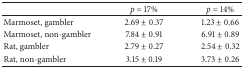
<table><thead><tr><td><b> </b></td><td><b><i>p</i> = 17%</b></td><td><b><i>p</i> = 14%</b></td></tr></thead><tbody><tr><td>Marmoset, gambler</td><td>2.69 ± 0.37</td><td>1.23 ± 0.66</td></tr><tr><td>Marmoset, non-gambler</td><td>7.84 ± 0.91</td><td>6.91 ± 0.89</td></tr><tr><td>Rat, gambler</td><td>2.79 ± 0.27</td><td>2.54 ± 0.32</td></tr><tr><td>Rat, non-gambler</td><td>3.15 ± 0.19</td><td>3.73 ± 0.26</td></tr></tbody></table>